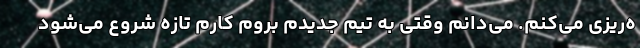
ه‌ریزی می‌کنم. می‌دانم وقتی به تیم جدیدم بروم کارم تازه شروع می‌شود